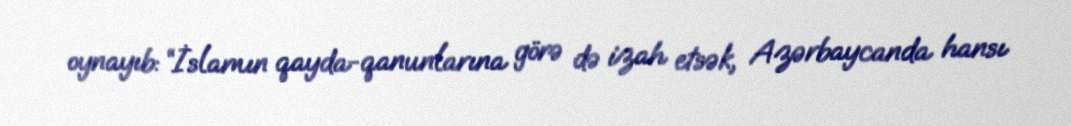
oynayıb: “İslamın qayda-qanunlarına görə də izah etsək, Azərbaycanda hansı